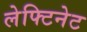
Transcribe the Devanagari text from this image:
लेफ्टिनेट